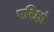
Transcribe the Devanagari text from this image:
परिक्षां